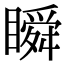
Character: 瞬